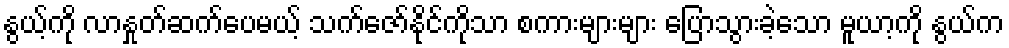
နွယ့်ကို လာနှုတ်ဆက်ပေမယ့် သက်ဇော်နိုင်ကိုသာ စကားများများ ပြောသွားခဲ့သော မူယာ့ကို နွယ်က